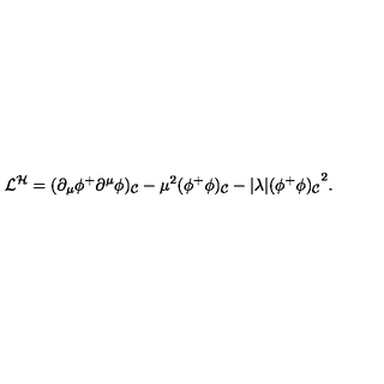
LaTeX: { \cal L } ^ { \cal H } = ( \partial _ { \mu } \phi ^ { + } \partial ^ { \mu } \phi ) _ { \cal C } - \mu ^ { 2 } ( \phi ^ { + } \phi ) _ { \cal C } - \vert \lambda \vert { ( \phi ^ { + } \phi ) _ { \cal C } } ^ { 2 } .